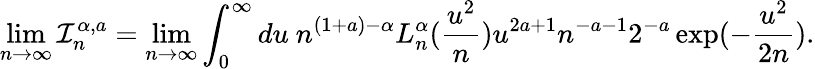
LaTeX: \operatorname*{lim}_{n\to\infty}\mathcal{I}_{n}^{\alpha,a}=\operatorname*{lim}_{n\to\infty}\int_{0}^{\infty}du\ n^{(1+a)-\alpha}L_{n}^{\alpha}(\frac{u^{2}}{n})u^{2a+1}n^{-a-1}2^{-a}\exp(-\frac{u^{2}}{2n}).